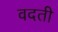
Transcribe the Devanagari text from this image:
वदती